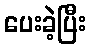
ပေးခဲ့ပြီး